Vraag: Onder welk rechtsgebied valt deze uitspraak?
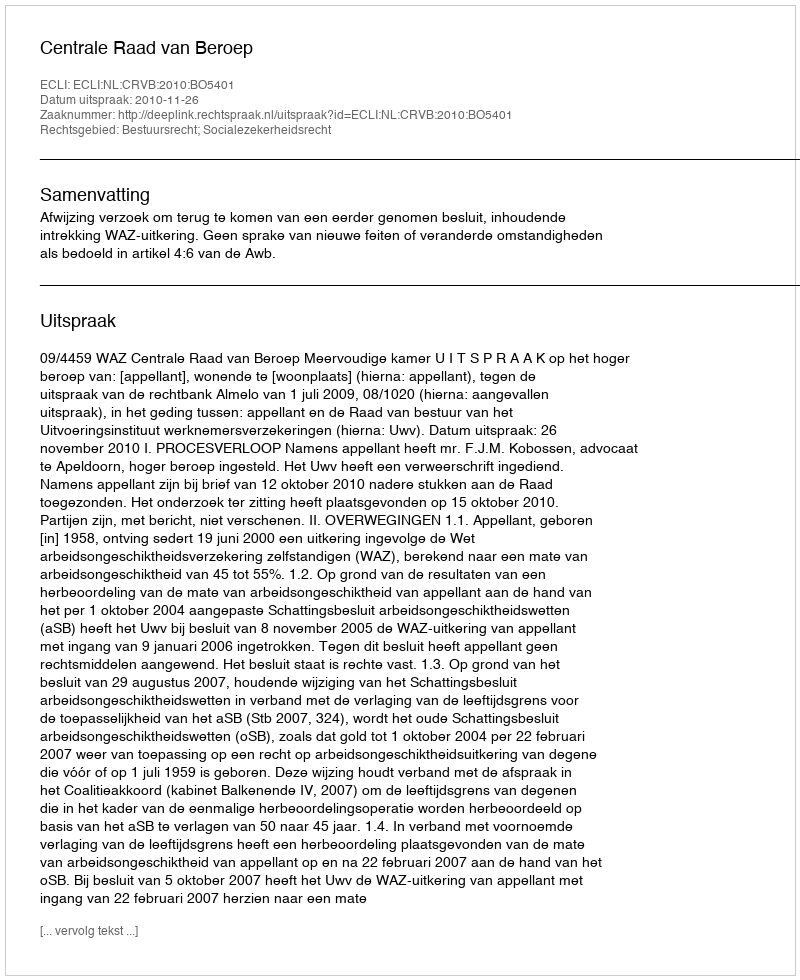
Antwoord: Bestuursrecht; Socialezekerheidsrecht